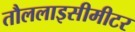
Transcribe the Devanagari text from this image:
तौललाइसीमीटर